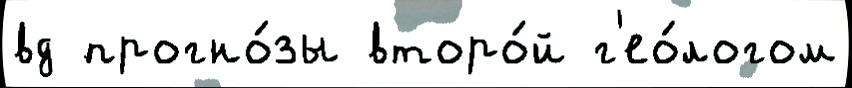
вд прогно́зы второ́й г'ео́логом